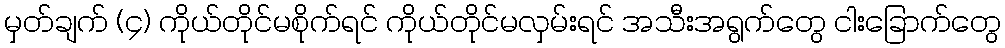
မှတ်ချက် (၄) ကိုယ်တိုင်မစိုက်ရင် ကိုယ်တိုင်မလှမ်းရင် အသီးအရွက်တွေ ငါးခြောက်တွေ